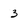
Character: 3